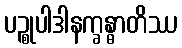
ပဉ္စုပါဒါနက္ခန္ဓာတိဿ